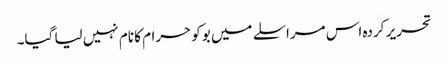
تحریر کردہ اس مراسلے میں بوکو حرام کا نام نہیں لیا گیا۔